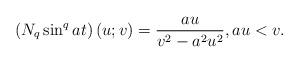
LaTeX: \begin{align*}\left( N_{q}\sin ^{q}at\right) \left( u;v\right) =\frac{au}{v^{2}-a^{2}u^{2}},au<v. \end{align*}